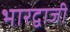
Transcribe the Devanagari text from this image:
भारद्वाजी